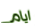
ايام